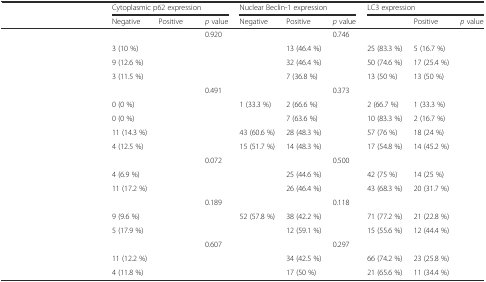
<table><thead><tr><td>[EMPTY_CELL]</td><td colspan="3"><b>Cytoplasmic p62 expression</b></td><td colspan="3"><b>Nuclear Beclin-1 expression</b></td><td colspan="3"><b>LC3 expression</b></td></tr><tr><td>[EMPTY_CELL]</td><td><b>Negative</b></td><td><b>Positive</b></td><td><b><i>p</i> value</b></td><td><b>Negative</b></td><td><b>Positive</b></td><td><b><i>p</i> value</b></td><td>[EMPTY_CELL]</td><td><b>Positive</b></td><td><b><i>p</i> value</b></td></tr></thead><tbody><tr><td>[EMPTY_CELL]</td><td>[EMPTY_CELL]</td><td>[EMPTY_CELL]</td><td>0.920</td><td>[EMPTY_CELL]</td><td>[EMPTY_CELL]</td><td>0.746</td><td>[EMPTY_CELL]</td><td>[EMPTY_CELL]</td><td>[EMPTY_CELL]</td></tr><tr><td>[EMPTY_CELL]</td><td>3 (10 %)</td><td>[EMPTY_CELL]</td><td>[EMPTY_CELL]</td><td>[EMPTY_CELL]</td><td>13 (46.4 %)</td><td>[EMPTY_CELL]</td><td>25 (83.3 %)</td><td>5 (16.7 %)</td><td>[EMPTY_CELL]</td></tr><tr><td>[EMPTY_CELL]</td><td>9 (12.6 %)</td><td>[EMPTY_CELL]</td><td>[EMPTY_CELL]</td><td>[EMPTY_CELL]</td><td>32 (46.4 %)</td><td>[EMPTY_CELL]</td><td>50 (74.6 %)</td><td>17 (25.4 %)</td><td>[EMPTY_CELL]</td></tr><tr><td>[EMPTY_CELL]</td><td>3 (11.5 %)</td><td>[EMPTY_CELL]</td><td>[EMPTY_CELL]</td><td>[EMPTY_CELL]</td><td>7 (36.8 %)</td><td>[EMPTY_CELL]</td><td>13 (50 %)</td><td>13 (50 %)</td><td>[EMPTY_CELL]</td></tr><tr><td>[EMPTY_CELL]</td><td>[EMPTY_CELL]</td><td>[EMPTY_CELL]</td><td>0.491</td><td>[EMPTY_CELL]</td><td>[EMPTY_CELL]</td><td>0.373</td><td>[EMPTY_CELL]</td><td>[EMPTY_CELL]</td><td>[EMPTY_CELL]</td></tr><tr><td>[EMPTY_CELL]</td><td>0 (0 %)</td><td>[EMPTY_CELL]</td><td>[EMPTY_CELL]</td><td>1 (33.3 %)</td><td>2 (66.6 %)</td><td>[EMPTY_CELL]</td><td>2 (66.7 %)</td><td>1 (33.3 %)</td><td>[EMPTY_CELL]</td></tr><tr><td>[EMPTY_CELL]</td><td>0 (0 %)</td><td>[EMPTY_CELL]</td><td>[EMPTY_CELL]</td><td>[EMPTY_CELL]</td><td>7 (63.6 %)</td><td>[EMPTY_CELL]</td><td>10 (83.3 %)</td><td>2 (16.7 %)</td><td>[EMPTY_CELL]</td></tr><tr><td>[EMPTY_CELL]</td><td>11 (14.3 %)</td><td>[EMPTY_CELL]</td><td>[EMPTY_CELL]</td><td>43 (60.6 %)</td><td>28 (48.3 %)</td><td>[EMPTY_CELL]</td><td>57 (76 %)</td><td>18 (24 %)</td><td>[EMPTY_CELL]</td></tr><tr><td>[EMPTY_CELL]</td><td>4 (12.5 %)</td><td>[EMPTY_CELL]</td><td>[EMPTY_CELL]</td><td>15 (51.7 %)</td><td>14 (48.3 %)</td><td>[EMPTY_CELL]</td><td>17 (54.8 %)</td><td>14 (45.2 %)</td><td>[EMPTY_CELL]</td></tr><tr><td>[EMPTY_CELL]</td><td>[EMPTY_CELL]</td><td>[EMPTY_CELL]</td><td>0.072</td><td>[EMPTY_CELL]</td><td>[EMPTY_CELL]</td><td>0.500</td><td>[EMPTY_CELL]</td><td>[EMPTY_CELL]</td><td>[EMPTY_CELL]</td></tr><tr><td>[EMPTY_CELL]</td><td>4 (6.9 %)</td><td>[EMPTY_CELL]</td><td>[EMPTY_CELL]</td><td>[EMPTY_CELL]</td><td>25 (44.6 %)</td><td>[EMPTY_CELL]</td><td>42 (75 %)</td><td>14 (25 %)</td><td>[EMPTY_CELL]</td></tr><tr><td>[EMPTY_CELL]</td><td>11 (17.2 %)</td><td>[EMPTY_CELL]</td><td>[EMPTY_CELL]</td><td>[EMPTY_CELL]</td><td>26 (46.4 %)</td><td>[EMPTY_CELL]</td><td>43 (68.3 %)</td><td>20 (31.7 %)</td><td>[EMPTY_CELL]</td></tr><tr><td>[EMPTY_CELL]</td><td>[EMPTY_CELL]</td><td>[EMPTY_CELL]</td><td>0.189</td><td>[EMPTY_CELL]</td><td>[EMPTY_CELL]</td><td>0.118</td><td>[EMPTY_CELL]</td><td>[EMPTY_CELL]</td><td>[EMPTY_CELL]</td></tr><tr><td>[EMPTY_CELL]</td><td>9 (9.6 %)</td><td>[EMPTY_CELL]</td><td>[EMPTY_CELL]</td><td>52 (57.8 %)</td><td>38 (42.2 %)</td><td>[EMPTY_CELL]</td><td>71 (77.2 %)</td><td>21 (22.8 %)</td><td>[EMPTY_CELL]</td></tr><tr><td>[EMPTY_CELL]</td><td>5 (17.9 %)</td><td>[EMPTY_CELL]</td><td>[EMPTY_CELL]</td><td>[EMPTY_CELL]</td><td>12 (59.1 %)</td><td>[EMPTY_CELL]</td><td>15 (55.6 %)</td><td>12 (44.4 %)</td><td>[EMPTY_CELL]</td></tr><tr><td>[EMPTY_CELL]</td><td>[EMPTY_CELL]</td><td>[EMPTY_CELL]</td><td>0.607</td><td>[EMPTY_CELL]</td><td>[EMPTY_CELL]</td><td>0.297</td><td>[EMPTY_CELL]</td><td>[EMPTY_CELL]</td><td>[EMPTY_CELL]</td></tr><tr><td>[EMPTY_CELL]</td><td>11 (12.2 %)</td><td>[EMPTY_CELL]</td><td>[EMPTY_CELL]</td><td>[EMPTY_CELL]</td><td>34 (42.5 %)</td><td>[EMPTY_CELL]</td><td>66 (74.2 %)</td><td>23 (25.8 %)</td><td>[EMPTY_CELL]</td></tr><tr><td>[EMPTY_CELL]</td><td>4 (11.8 %)</td><td>[EMPTY_CELL]</td><td>[EMPTY_CELL]</td><td>[EMPTY_CELL]</td><td>17 (50 %)</td><td>[EMPTY_CELL]</td><td>21 (65.6 %)</td><td>11 (34.4 %)</td><td>[EMPTY_CELL]</td></tr></tbody></table>